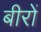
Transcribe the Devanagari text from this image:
बीरों